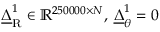
\underline { { \Delta } } _ { \mathrm { R } } ^ { 1 } \in \mathbb { R } ^ { 2 5 0 0 0 0 \times N } , \: \underline { { \Delta } } _ { \theta } ^ { 1 } = 0